Indian Medical Review
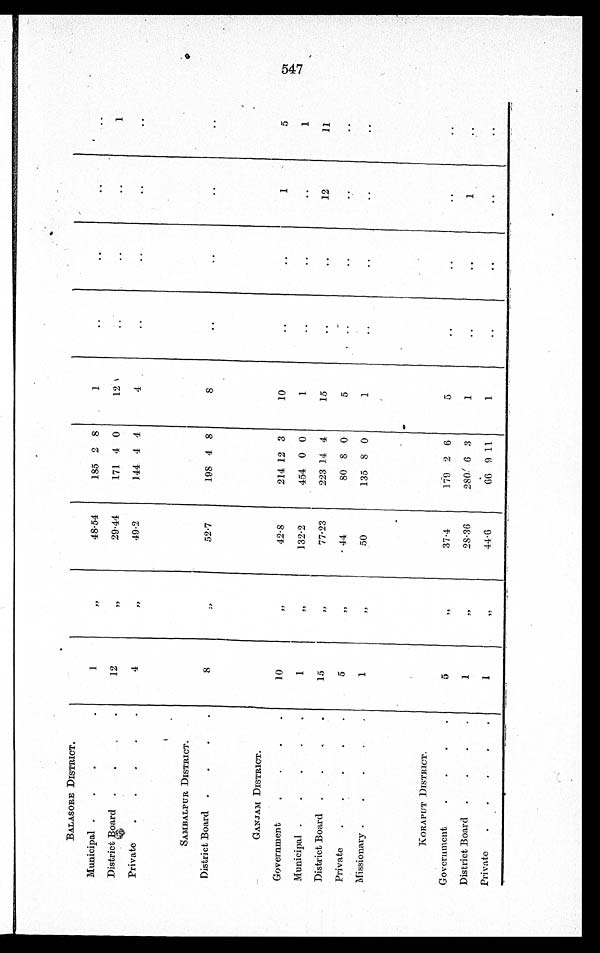
BALASORE DISTRICT.
Municipal
1
„
48.54
185 2 8
1
District Board
12
„
29.44
171 4 0
12
1
Private
4
„
49.2
144 4 4
4
SAMBALPUR DISTRICT.
District Board
8
„
52.7
198 4 8
8
GANJAM DISTRICT.
Government
10
„
42.8
214 12 3
10
1
5
Municipal
1
„
132.2
454 0 0
1
1
District Board
15
„
77.23
223 14 4
15
12
11
Private
5
„
44
8 0 8 0
5
Missionary
1
„
50
135 8 0
1
KORAPUT DISTRICT.
Government
5
„
37.4
179 2 6
5
District Board
1
„
28.36
280 6 3
1
1
Private
1
„
44.6
66 9 11
1